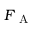
F _ { \mathrm { ~ A ~ } }